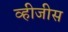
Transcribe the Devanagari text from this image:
व्हीजीस